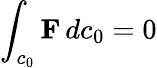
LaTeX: \int_{c_{0}}\mathbf{F}\, dc_{0}=0